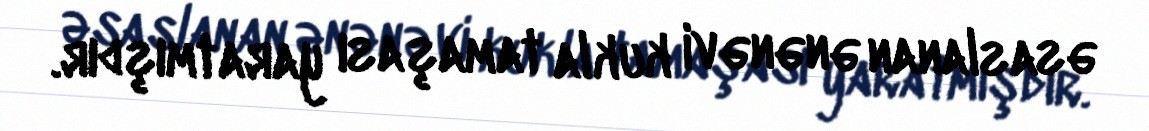
əsaslanan ənənəvi kukla tamaşası yaratmışdır.